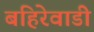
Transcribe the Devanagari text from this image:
बहिरेवाडी